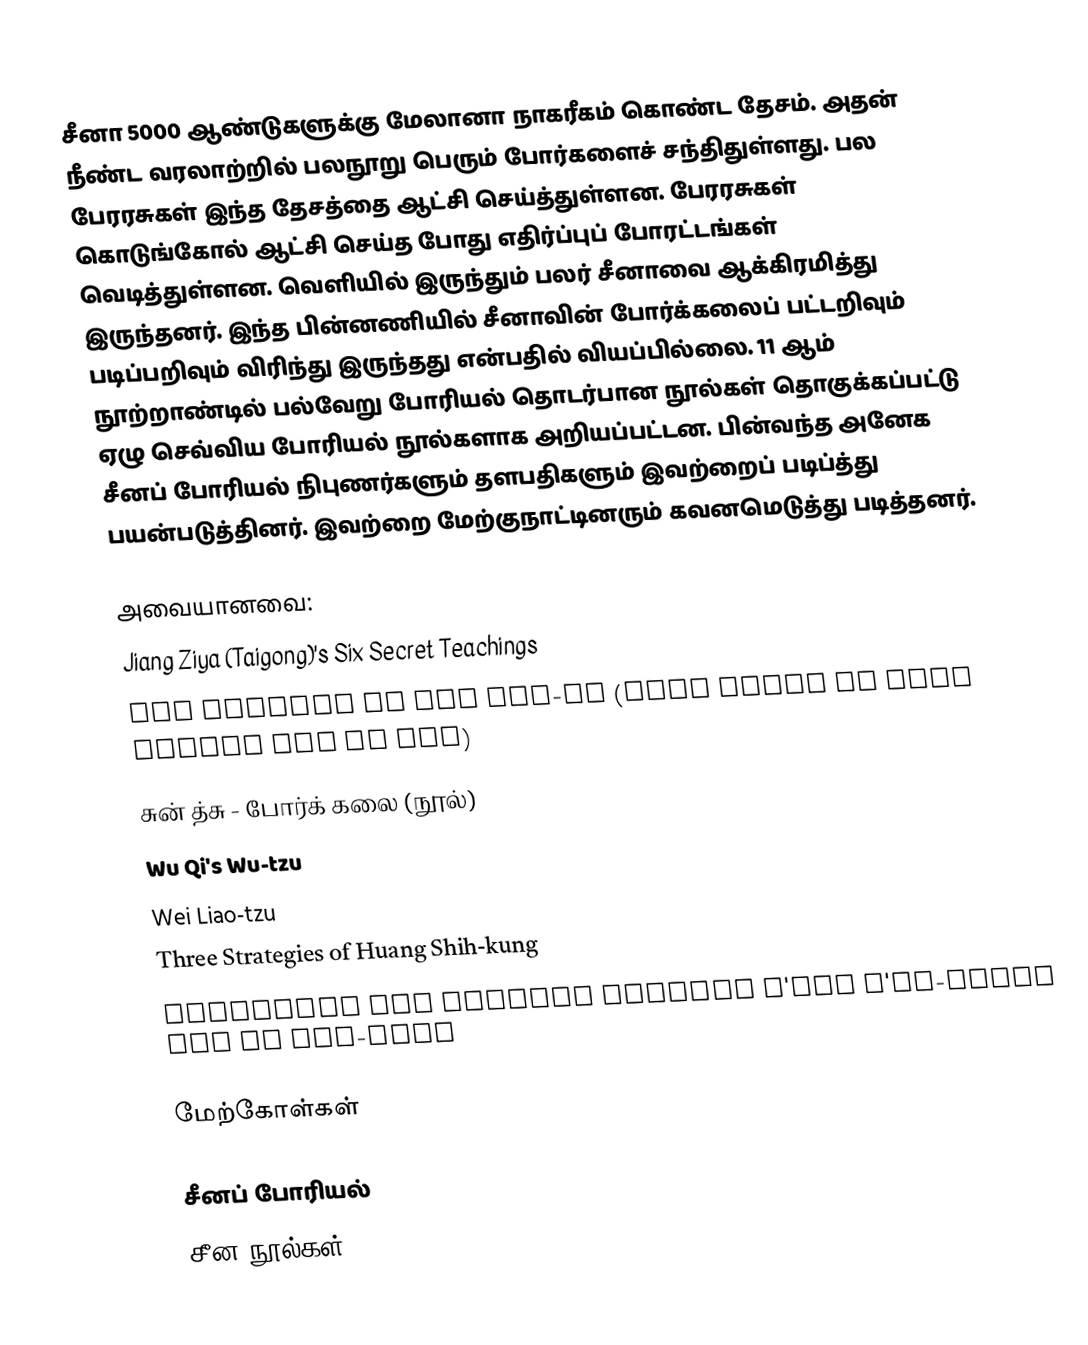
சீனா 5000 ஆண்டுகளுக்கு மேலானா நாகரீகம் கொண்ட தேசம்.  அதன் நீண்ட வரலாற்றில் பலநூறு பெரும் போர்களைச் சந்திதுள்ளது.  பல பேரரசுகள் இந்த தேசத்தை ஆட்சி செய்த்துள்ளன.  பேரரசுகள் கொடுங்கோல் ஆட்சி செய்த போது எதிர்ப்புப் போரட்டங்கள் வெடித்துள்ளன.  வெளியில் இருந்தும் பலர் சீனாவை ஆக்கிரமித்து இருந்தனர்.  இந்த பின்னணியில் சீனாவின் போர்க்கலைப் பட்டறிவும் படிப்பறிவும் விரிந்து இருந்தது என்பதில் வியப்பில்லை.  11 ஆம் நூற்றாண்டில் பல்வேறு போரியல் தொடர்பான நூல்கள் தொகுக்கப்பட்டு ஏழு செவ்விய போரியல் நூல்களாக அறியப்பட்டன.  பின்வந்த அனேக சீனப் போரியல் நிபுணர்களும் தளபதிகளும் இவற்றைப் படிப்த்து பயன்படுத்தினர்.  இவற்றை மேற்குநாட்டினரும் கவனமெடுத்து படித்தனர்.

அவையானவை:
 Jiang Ziya (Taigong)'s Six Secret Teachings
 The Methods of the Ssu-ma (Also known as Sima Rangju Art of War)
 சுன் த்சு - போர்க் கலை (நூல்)
 Wu Qi's Wu-tzu
 Wei Liao-tzu
 Three Strategies of Huang Shih-kung
 Questions and Replies between T'ang T'ai-tsung and Li Wei-kung

மேற்கோள்கள்

சீனப் போரியல்
சீன நூல்கள்